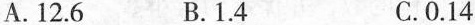
A.12.6 B.1.4 C.0.14